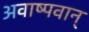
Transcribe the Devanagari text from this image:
अवाष्पवान्‌